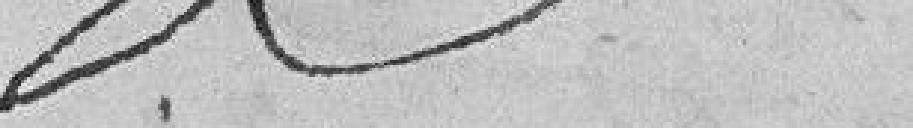
??